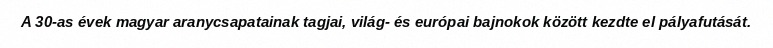
A 30-as évek magyar aranycsapatainak tagjai, világ- és európai bajnokok között kezdte el pályafutását.